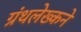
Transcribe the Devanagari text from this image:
ग्रंथलेख्कने